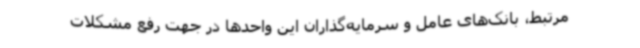
مرتبط، بانک‌های عامل و سرمایه‌گذاران این واحدها در جهت رفع مشکلات